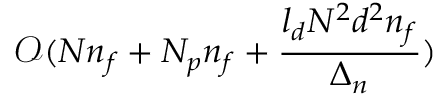
\mathcal { O } ( N n _ { f } + N _ { p } n _ { f } + \frac { l _ { d } N ^ { 2 } d ^ { 2 } n _ { f } } { \Delta _ { n } } )